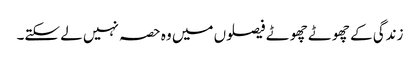
زندگی کے چھوٹے چھوٹے فیصلوں میں وہ حصہ نہیں لے سکتے۔